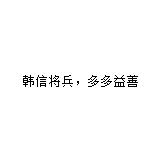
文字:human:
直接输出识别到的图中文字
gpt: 韩信将兵，多多益善